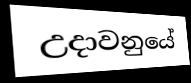
උදාවනුයේ